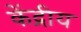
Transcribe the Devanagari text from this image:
केंद्रीय